Civil Veterinary Department. Madras. Admin. report 1926-33 - 1926-1933
Year: 1926
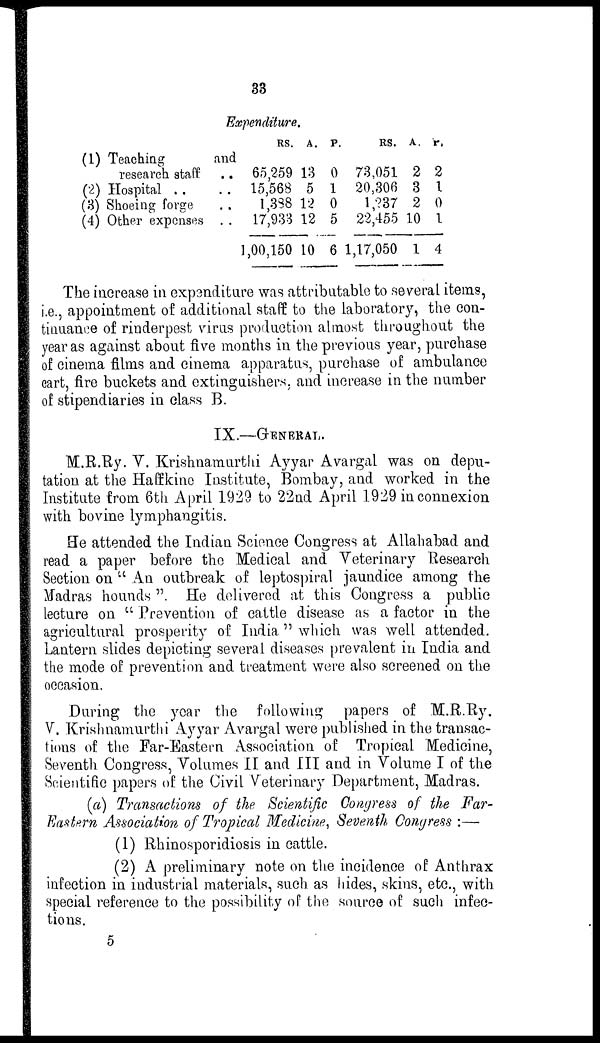
33
Expenditure.
(1) Teaching
and
research staff . .
(2) Hospital . . . .
(3) Shoeing forge . .
(4) Other expenses . .
RS.
65,259
15,568
1,388
17,933
1,00,150
A.
13
5
12
12
10
P.
0
1
0
5
6
RS.
73,051
20,306
1,237
22,455
1,17,050
A.
2
3
2
10
1
P.
2
1
0
1
4
The increase in expenditure was attributable to several items,
i.e., appointment of additional staff to the laboratory, the con-
tinuance of rinderpest virus production almost throughout the
year as against about five months in the previous year, purchase
of cinema films and cinema apparatus, purchase of ambulance
cart, fire buckets and extinguishers, and increase in the number
of stipendiaries in class B.
IX.—GENERAL.
M.R.Ry. V. Krishnamurthi Ayyar Avargal was on depu-
tation at the Haffkine Institute, Bombay, and worked in the
Institute from 6th April 1929 to 22nd April 1929 in connexion
with bovine lymphangitis.
He attended the Indian Science Congress at Allahabad and
read a paper before the Medical and Veterinary Research
Section on "An outbreak of leptospiral jaundice among the
Madras hounds". He delivered at this Congress a public
lecture on "Prevention of cattle disease as a factor in the
agricultural prosperity of India" which was well attended.
Lantern slides depicting several diseases prevalent in India and
the mode of prevention and treatment were also screened on the
occasion.
During the year the following papers of M.R.Ry.
V. Krishnamurthi Ayyar Avargal were published in the transac-
tions of the Far-Eastern Association of Tropical Medicine,
Seventh Congress, Volumes II and III and in Volume I of the
Scientific papers of the Civil Veterinary Department, Madras.
(a) Transactions of the Scientific Congress of the Far-
Eastern Association of Tropical Medicine, Seventh Congress :—
(1) Rhinosporidiosis in cattle.
(2) A preliminary note on the incidence of Anthrax
infection in industrial materials, such as hides, skins, etc., with
special reference to the possibility of the source of such infec-
tions.
5